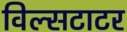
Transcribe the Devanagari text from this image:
विल्सटाटर